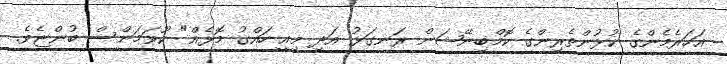
އަހަރެމެންގެ ކުޅުންތެރިންގެ ކޮމްބިނޭޝަން ރަނގަޅު އަދި މިއީ ހައްގު މޮޅެއް" ކޫވަމަންސް ބުންޏެވެ.